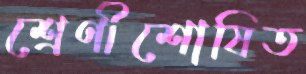
শ্রেণীশোষিত